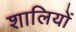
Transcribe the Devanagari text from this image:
शालियों